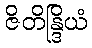
ဇိတိန္ဒြိယံ